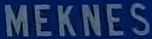
MEKNES